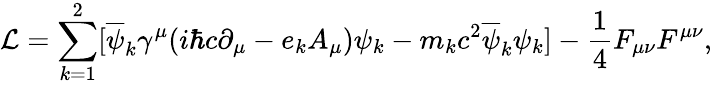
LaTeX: {\cal L}=\sum_{k=1}^{2}[\overline{{{\psi}}}_{k}{\gamma}^{\mu}(i{\hbar}c{\partial}_{\mu}-e_{k}A_{\mu}){\psi}_{k}-m_{k}c^{2}\overline{{{\psi}}}_{k}{\psi}_{k}]-\frac{1}{4}F_{\mu\nu}F^{\mu\nu},